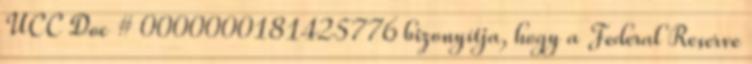
UCC Doc # 0000000181425776 bizonyítja, hogy a Federal Reserve